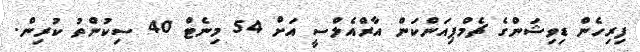
ފިރިހެން ޑިވިޝަންގެ ޗެމްޕިއަންކަން އާރްއެލްސީ އަށް 54 މިނެޓް 40 ސިކުންތު ކުރިން.